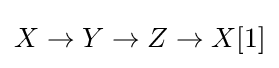
X\to Y\to Z\to X[1]